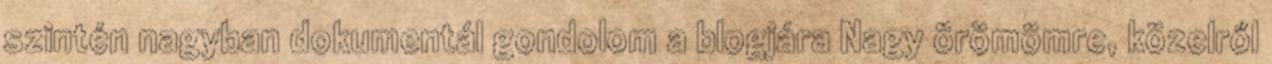
szintén nagyban dokumentál gondolom a blogjára Nagy örömömre, közelről